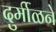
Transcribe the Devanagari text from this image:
दुर्मीळने